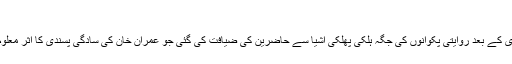
[11]
حلف برداری کے بعد روایتی پکوانوں کی جگہ ہلکی پھلکی اشیا سے حاضرین کی ضیافت کی گئی جو عمران خان کی سادگی پسندی کا اثر معلوم ہوتی تھی۔